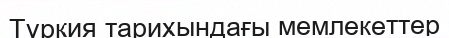
Түркия тарихындағы мемлекеттер